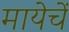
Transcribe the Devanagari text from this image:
मायेचें